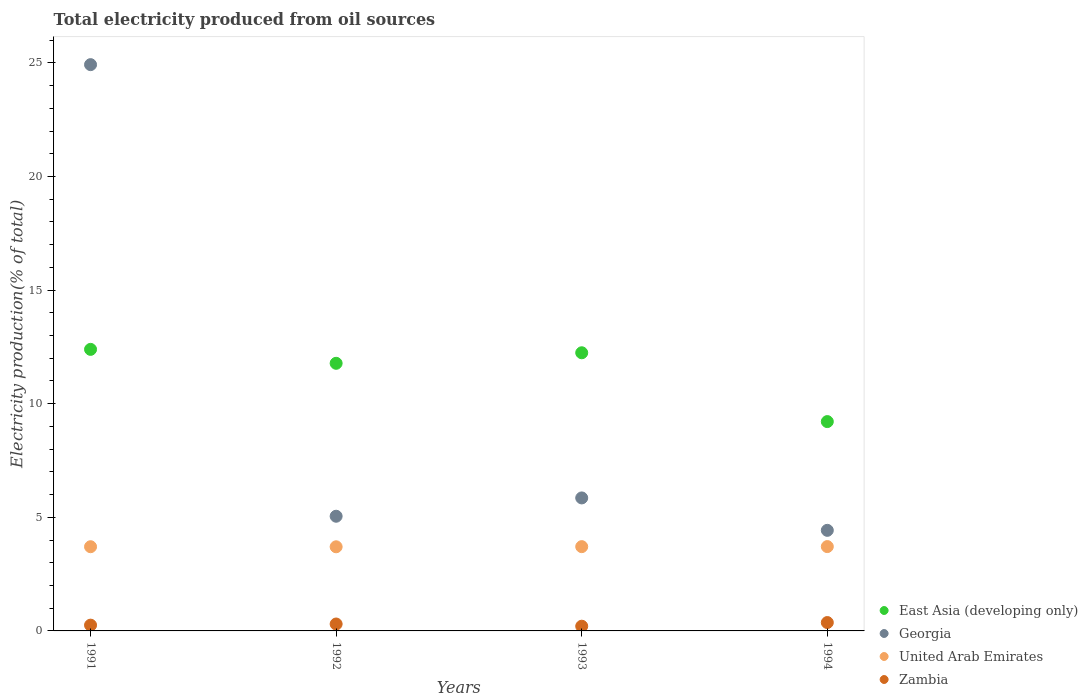
| Years | East Asia (developing only) | Georgia | United Arab Emirates | Zambia |
 | --- | --- | --- | --- | --- |
 | 1991 | 12.4 | 24.9 | 3.71 | 0.254 |
 | 1992 | 11.8 | 5.05 | 3.7 | 0.304 |
 | 1993 | 12.2 | 5.85 | 3.71 | 0.207 |
 | 1994 | 9.21 | 4.43 | 3.71 | 0.369 |